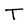
Character: T